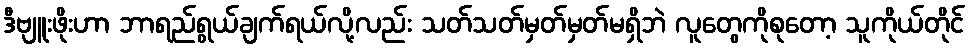
ဒီဗျူးဖိုးဟာ ဘာရည်ရွယ်ချက်ရယ်လို့လည်း သတ်သတ်မှတ်မှတ်မရှိဘဲ လူတွေကိုစုတော့ သူကိုယ်တိုင်